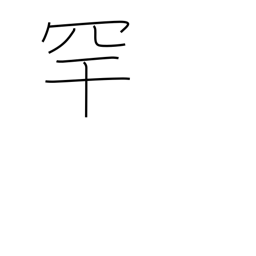
Meaning: bird-catching net